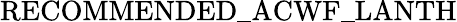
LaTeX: \mathrm{RECOMMENDED\_ ACWF\_ LANTH}